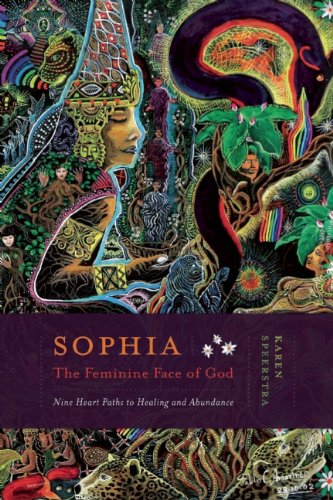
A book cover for Sophia - The Feminine Face of God: Nine Hearts Path to Healing and Abundance; Karen Speerstra; Religion & Spirituality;